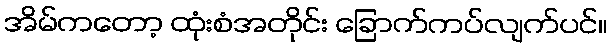
အိမ်ကတော့ ထုံးစံအတိုင်း ခြောက်ကပ်လျက်ပင်။